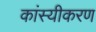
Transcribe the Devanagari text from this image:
कांस्यीकरण